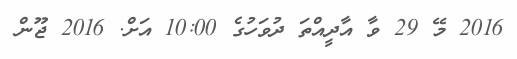
2016 މޭ 29 ވާ އާދީއްތަ ދުވަހުގެ 10:00 އަށް. 2016 ޖޫން